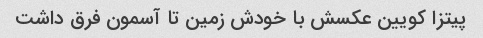
پیتزا کویین عکسش با خودش زمین تا آسمون فرق داشت